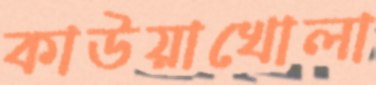
কাউয়াখোলা